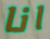
انا